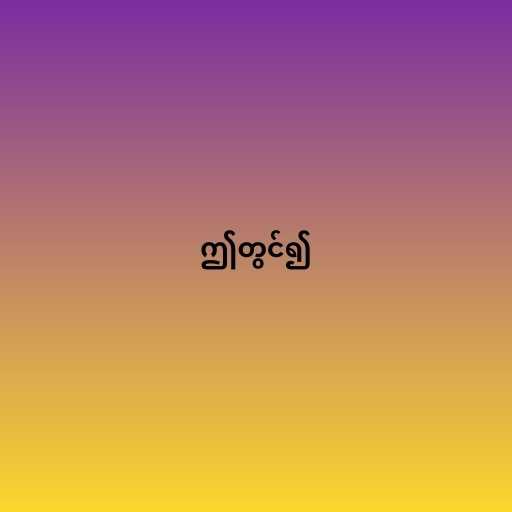
ဤတွင်၍